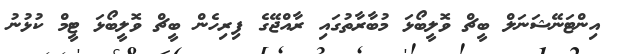
އިންޓަނޭޝަނަލް ބީޗް ވޮލީބޯޅަ މުބާރާތުގައި ރާއްޖޭގެ ފިރިހެން ބީޗް ވޮލީބޯޅަ ޓީމް ކުޅުނު